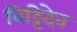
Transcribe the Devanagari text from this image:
बिट्टिदेव